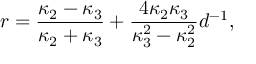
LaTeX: r = { \frac { \kappa _ { 2 } - \kappa _ { 3 } } { \kappa _ { 2 } + \kappa _ { 3 } } } + { \frac { 4 \kappa _ { 2 } \kappa _ { 3 } } { \kappa _ { 3 } ^ { 2 } - \kappa _ { 2 } ^ { 2 } } } d ^ { - 1 } ,